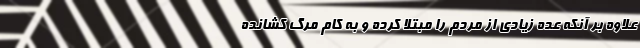
علاوه بر آنکه عده‌ زیادی از مردم را مبتلا کرده و به کام مرگ کشانده